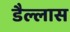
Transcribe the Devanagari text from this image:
डैल्लास